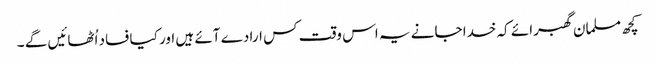
کچھ مسلمان گھبرائے کہ خدا جانے یہ اس وقت کس ارادے آئے ہیں اور کیا فساد اُٹھائیں گے ۔